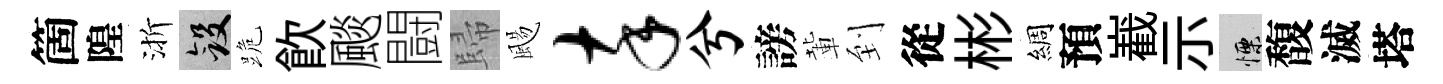
箇隍渐斂跪飮颷闘歸颺卒兮謗輩到從彬綢預嶻示慄馥滅塔